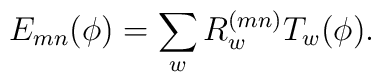
E_{mn}(\phi) = \sum_{w} R^{(mn)}_{w} T_{w}(\phi).